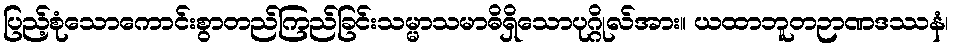
ပြည့်စုံသောကောင်းစွာတည်ကြည်ခြင်းသမ္မာသမာဓိရှိသောပုဂ္ဂိုလ်အား။ ယထာဘူတဉာဏဒဿနံ၊